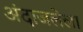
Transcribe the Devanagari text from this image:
अंदाजलेला